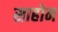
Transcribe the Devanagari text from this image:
साहोन